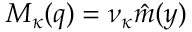
M _ { \kappa } ( q ) = \nu _ { \kappa } \hat { m } ( y )